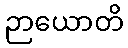
ဉာယောတိ